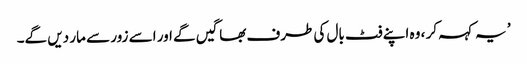
’ یہ کہہ کر ، وہ اپنے فٹ بال کی طرف بھاگیں گے اور اسے زور سے مار دیں گے۔